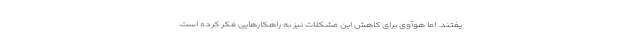
یفتند. اما هوآوی برای کاهش این مشکلات نیز به راهکارهایی فکر کرده است.